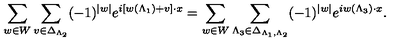
\sum _ { w \in W } \sum _ { v \in \Delta _ { \Lambda _ { 2 } } } ( - 1 ) ^ { | w | } e ^ { i \left[ w ( \Lambda _ { 1 } ) + v \right] \cdot x } = \sum _ { w \in W } \sum _ { \Lambda _ { 3 } \in \Delta _ { \Lambda _ { 1 } , \Lambda _ { 2 } } } ( - 1 ) ^ { | w | } e ^ { i w ( \Lambda _ { 3 } ) \cdot x } .